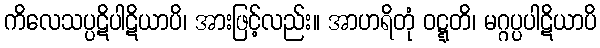
ကိလေသပ္ပဋိပါဋိယာပိ၊ အားဖြင့်လည်း။ အာဟရိတုံ ဝဋ္ဋတိ၊ မဂ္ဂပ္ပပါဋိယာပိ